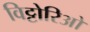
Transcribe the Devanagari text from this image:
विट्टोरिओ